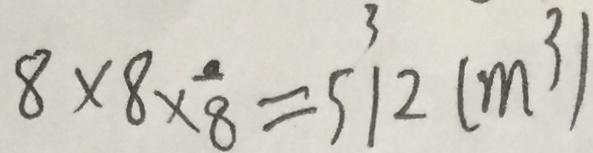
8 \times 8 \times 8 = 5 1 2 ( m ^ { 3 } )